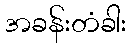
အခန်းတံခါး